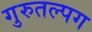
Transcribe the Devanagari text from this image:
गुरुतल्पग